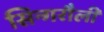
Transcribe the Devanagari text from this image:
सिन्गरौली